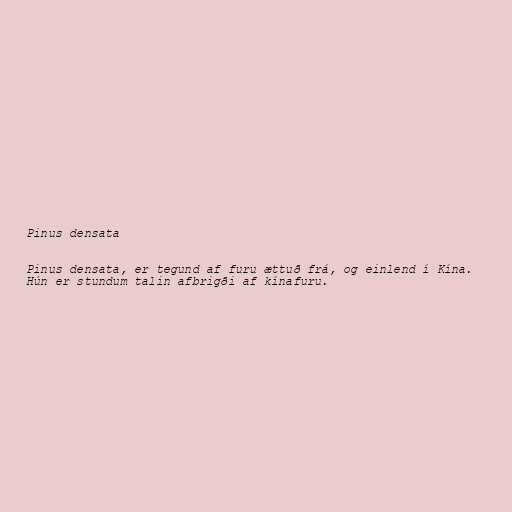
Pinus densata

Pinus densata, er tegund af furu ættuð frá, og einlend í Kína.
Hún er stundum talin afbrigði af kínafuru.